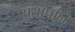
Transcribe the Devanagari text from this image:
संतापाने